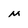
Character: M